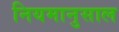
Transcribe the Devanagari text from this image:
नियमानुसाल